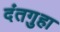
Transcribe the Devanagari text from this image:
दंतगुहा